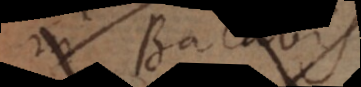
in Batavis,